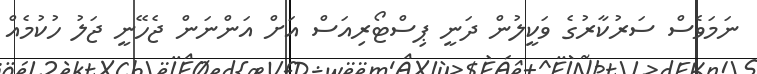
ނަމަވެސް ސަރުކާރުގެ ވަކީލުން ދަނީ ޕިސްޓޯރިއަސް އަށް އަންނަން ޖެހޭނީ ޖަލު ހުކުމެއް